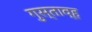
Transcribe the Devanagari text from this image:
गुस्ताव्ह